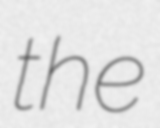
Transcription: the